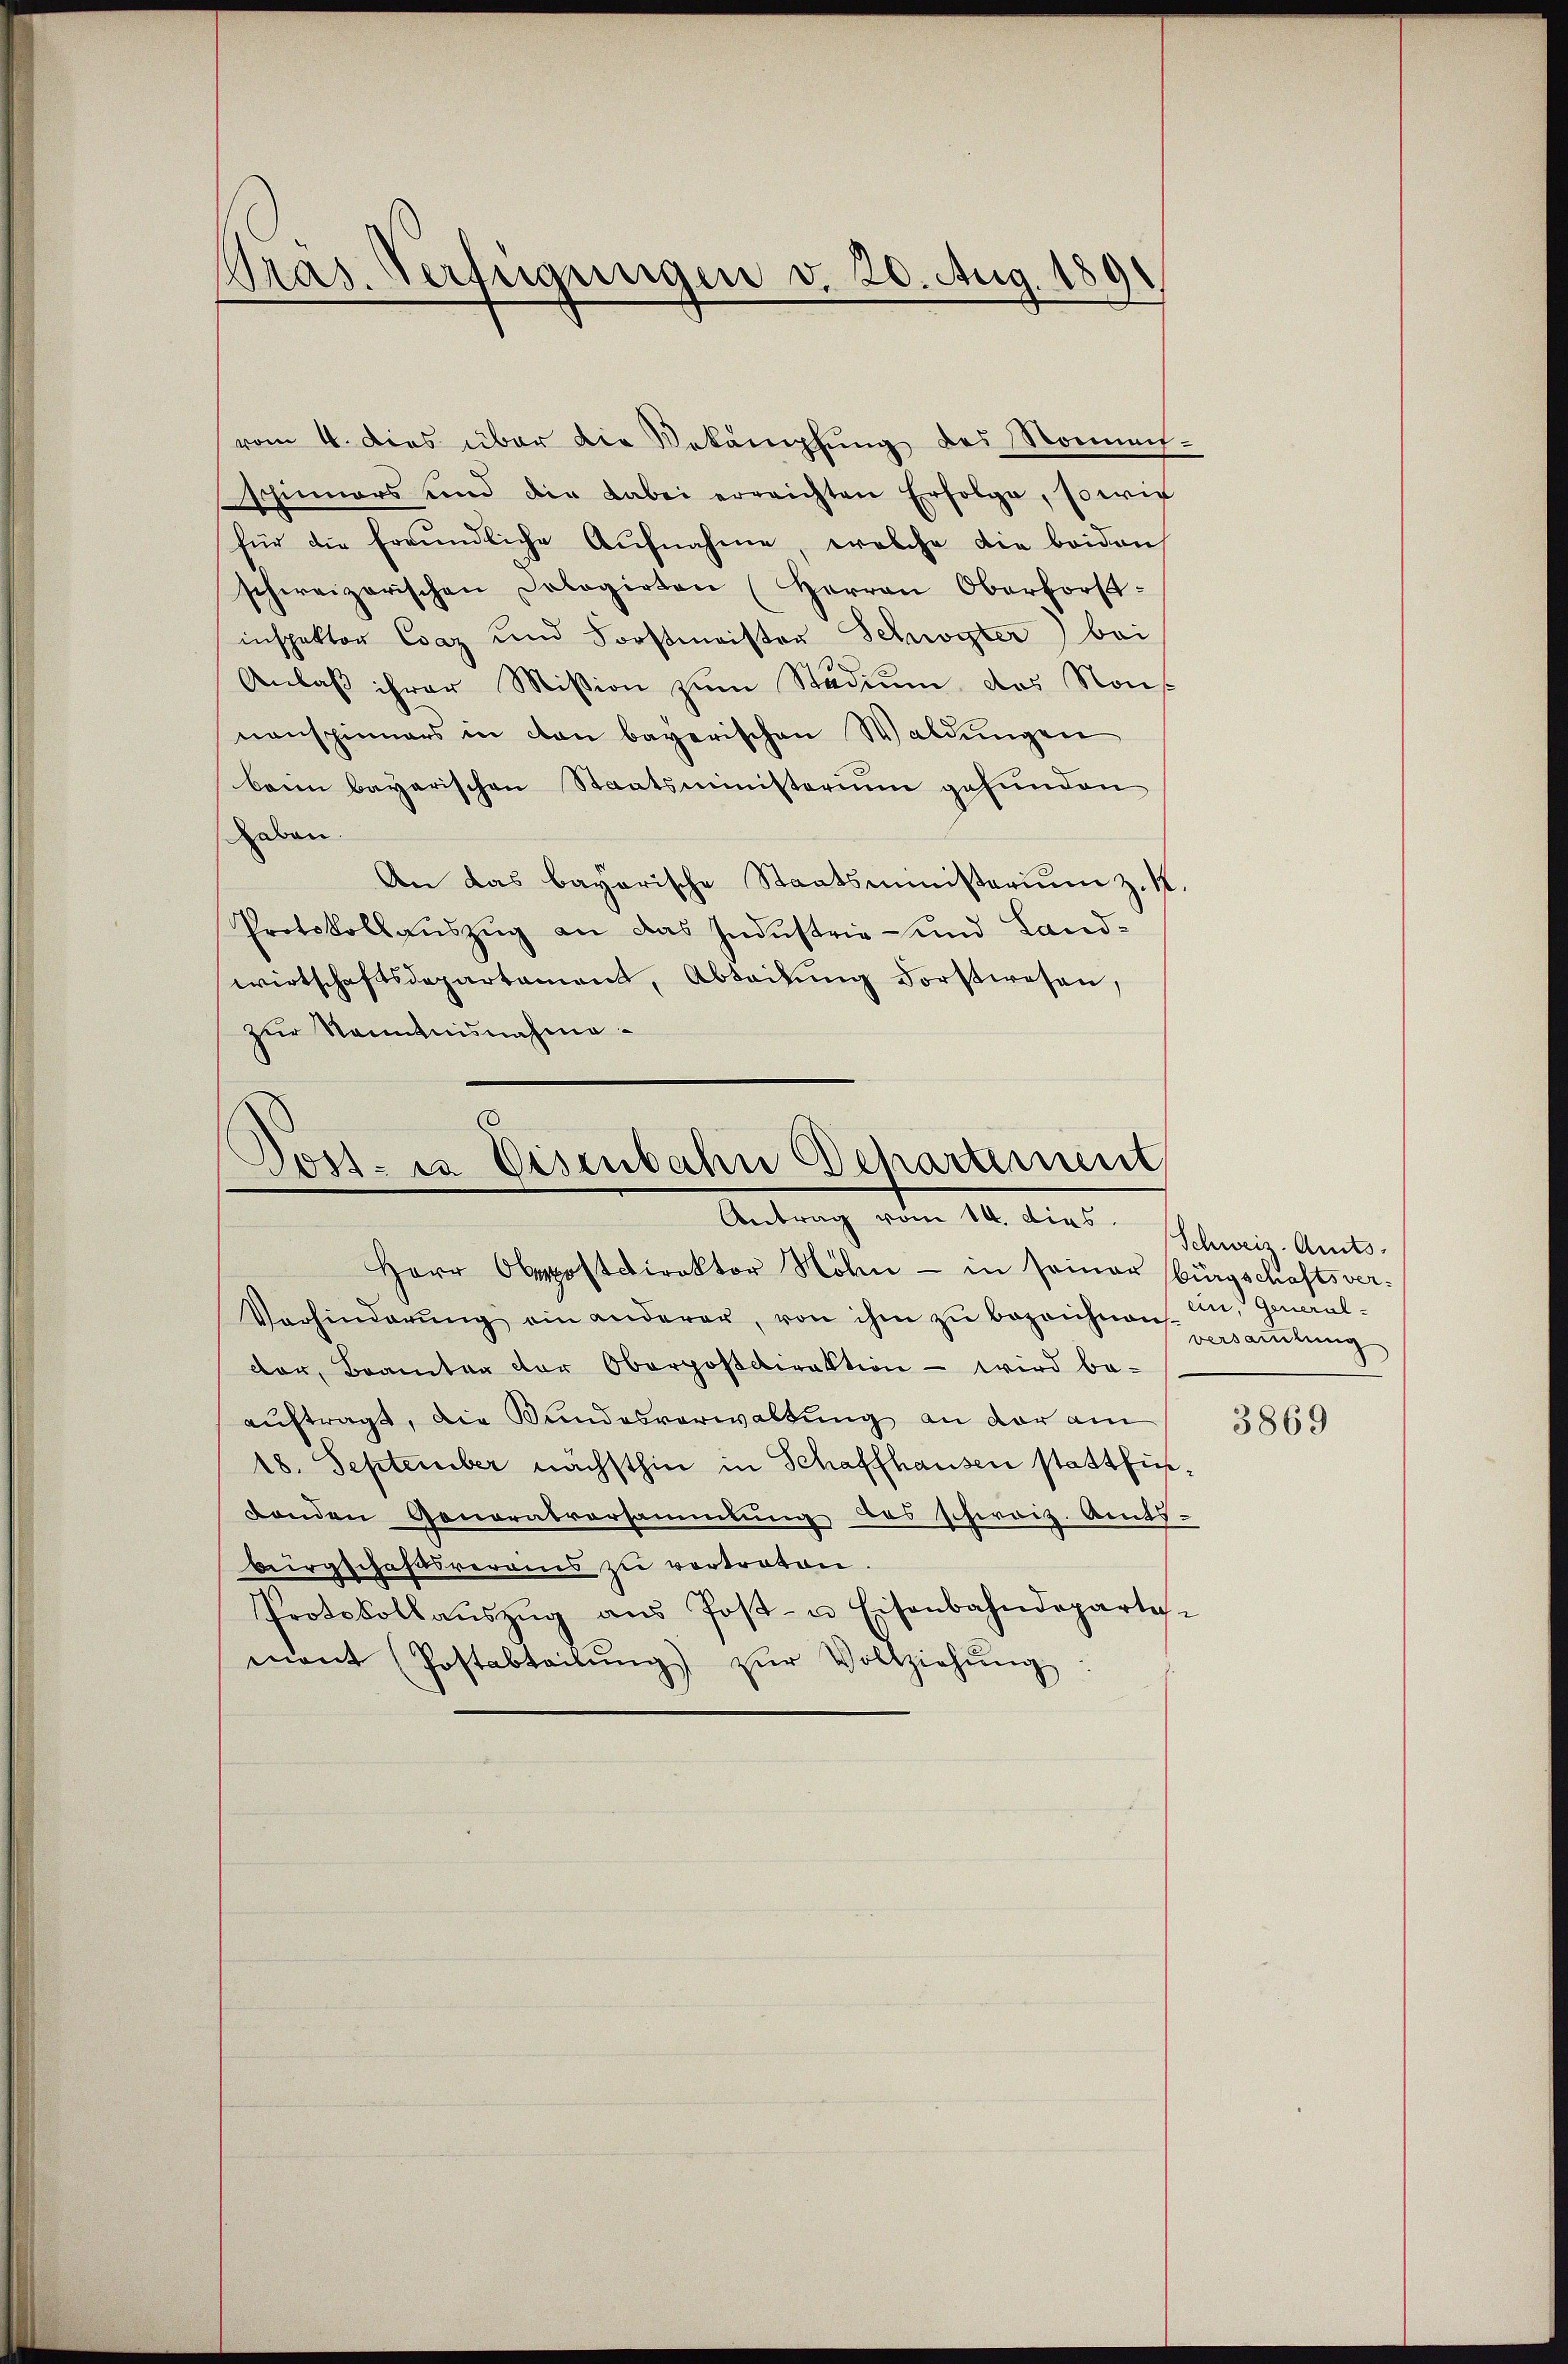
Pras. Verfügungen d. 20. Aug. 1891
.

vom 4. Dies über die Bekämpfung des Nonnen-
schinners und die dabei erreichten Erfolge, sowie
für die freŭndliche Aŭfnahme, welche die beiden
schweizerischen Dologirten (Herren Oberforst-
inspektor Csaz und Forstmeister Schwyter) bei
.
Anlaβ ihrer Mission zŭm Stadium, das Nous
nanspinners in con bayerischen Waldungen
beim bayerischen Staatsministerium gefunden
haben.
An das bayerische Staatsministerium z. K.
Protokollauszug an das Industrie- und Landwirtschaftsdepartament, Abteilung Forstwesen,
zur Kenntnisnahme.

.
.
ossia Eisenbahn Departement
Antrag vom 14. dies

Herr Oberstdirektor Sohn - in seiner Bürgschaftsver¬
Vorhinderŭng ein anderer, von ihm zŭ bezeichnen in General-
der, Branter der Oberpostdirektion - wird be-
auftragt, die Bundesverwaltung an der am
18. September nächsthin in Schaffhausen stattfinbenden Gonoratversammung des schweiz. Amts-
Bürgschaftsverains zu vertreten.
Protokollaŭszŭg aŭs Post- u Eisenbahndeparte-
mant (Postabteilŭng zŭr Vollziehŭng

Schweiz. Amts
versammlung

3869